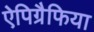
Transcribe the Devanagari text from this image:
ऐपिग्रैफिया